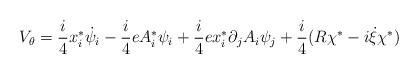
LaTeX: \begin{align*}V_{\theta }=\frac{i}{4}x_{i}^{\ast }\dot{\psi}_{i}-\frac{i}{4}eA_{i}^{\ast}\psi _{i}+\frac{i}{4}ex_{i}^{\ast }\partial _{j}A_{i}\psi _{j}+\frac{i}{4}(R\chi ^{\ast }-i\dot{\xi}\chi ^{\ast })\end{align*}